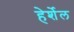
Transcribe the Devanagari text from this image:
हेर्शेल